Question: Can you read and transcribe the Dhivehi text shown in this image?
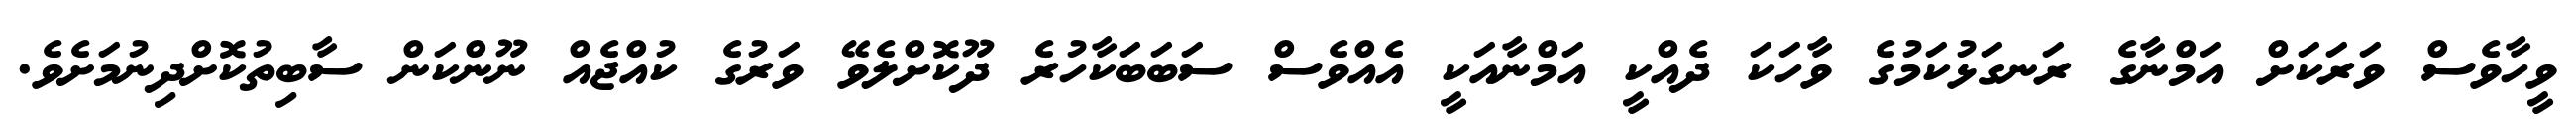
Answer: ވީހާވެސް ވަރަކަށް އަމްނާގެ ރަނގަޅުކަމުގެ ވާހަކަ ދެއްކީ އަމްނާއަކީ އެއްވެސް ސަބަބަކާހުރެ ދޫކޮށްލެވޭ ވަރުގެ ކުއްޖެއް ނޫންކަން ސާބިތުކޮށްދިނުމަށެވެ.